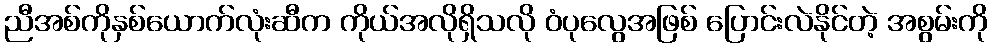
ညီအစ်ကိုနှစ်ယောက်လုံးဆီက ကိုယ်အလိုရှိသလို ဝံပုလွေအဖြစ် ပြောင်းလဲနိုင်တဲ့ အစွမ်းကို